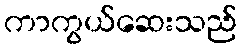
ကာကွယ်ဆေးသည်